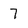
Character: 7